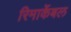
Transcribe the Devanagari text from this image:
रिमार्केबल